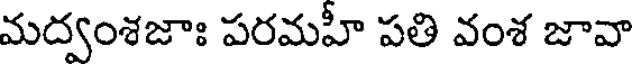
మద్వంశజాః పరమహీ పతి వంశ జావా